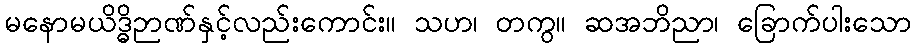
မနောမယိဒ္ဓိဉာဏ်နှင့်လည်းကောင်း။ သဟ၊ တကွ။ ဆအဘိညာ၊ ခြောက်ပါးသော